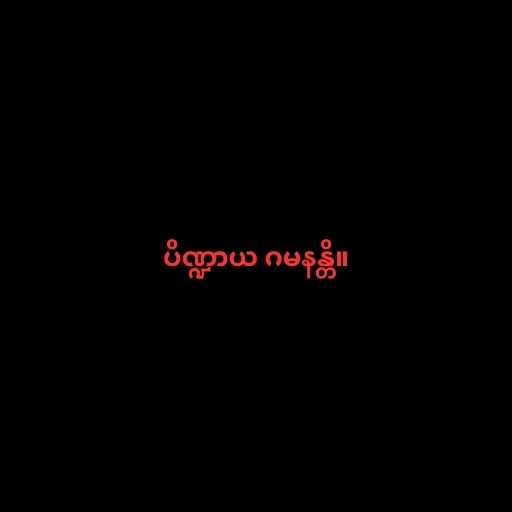
ပိဏ္ဍာယ ဂမနန္တိ။